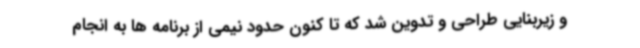
و زیربنایی طراحی و تدوین شد که تا کنون حدود نیمی از برنامه ها به انجام